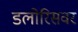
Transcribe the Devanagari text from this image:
डलोरिसवर